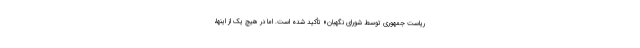
ریاست جمهوری توسط شورای نگهبان» تأکید شده است. اما در هیچ یک از اینها،